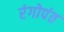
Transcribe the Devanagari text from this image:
रंगोपंत